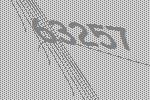
63257